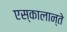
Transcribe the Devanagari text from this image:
एस्कालान्ते